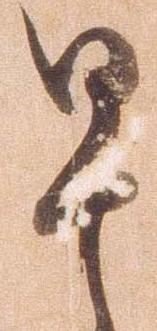
早